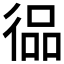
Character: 𱝵